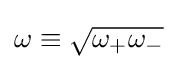
\omega \equiv {\sqrt {\omega _{+}\omega _{-}}}